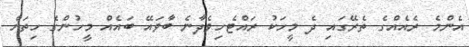
އެންމެ ރެއެއްގެ ތެރޭގައި ދެ މީހަކު ރައްޓެހިވެދާނެ ބާވައޭ ބައެއް މީހުންގެ ހިތަށް